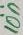
Text: 10n